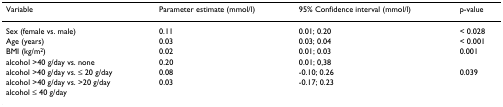
<table><thead><tr><td><b>Variable</b></td><td><b>Parameter estimate (mmol/l)</b></td><td><b>95% Confidence interval (mmol/l)</b></td><td><b>p-value</b></td></tr></thead><tbody><tr><td>Sex (female vs. male)</td><td>0.11</td><td>0.01; 0.20</td><td>&lt; 0.028</td></tr><tr><td>Age (years)</td><td>0.03</td><td>0.03; 0.04</td><td>&lt; 0.001</td></tr><tr><td>BMI (kg/m<sup>2</sup>)</td><td>0.02</td><td>0.01; 0.03</td><td>0.001</td></tr><tr><td>alcohol &gt;40 g/day vs. none</td><td>0.20</td><td>0.01; 0,38</td><td></td></tr><tr><td>alcohol &gt;40 g/day vs. ≤ 20 g/day</td><td>0.08</td><td>-0.10; 0.26</td><td>0.039</td></tr><tr><td>alcohol &gt;40 g/day vs. &gt;20 g/day</td><td>0.03</td><td>-0.17; 0.23</td><td></td></tr><tr><td>alcohol ≤ 40 g/day</td><td></td><td></td><td></td></tr></tbody></table>